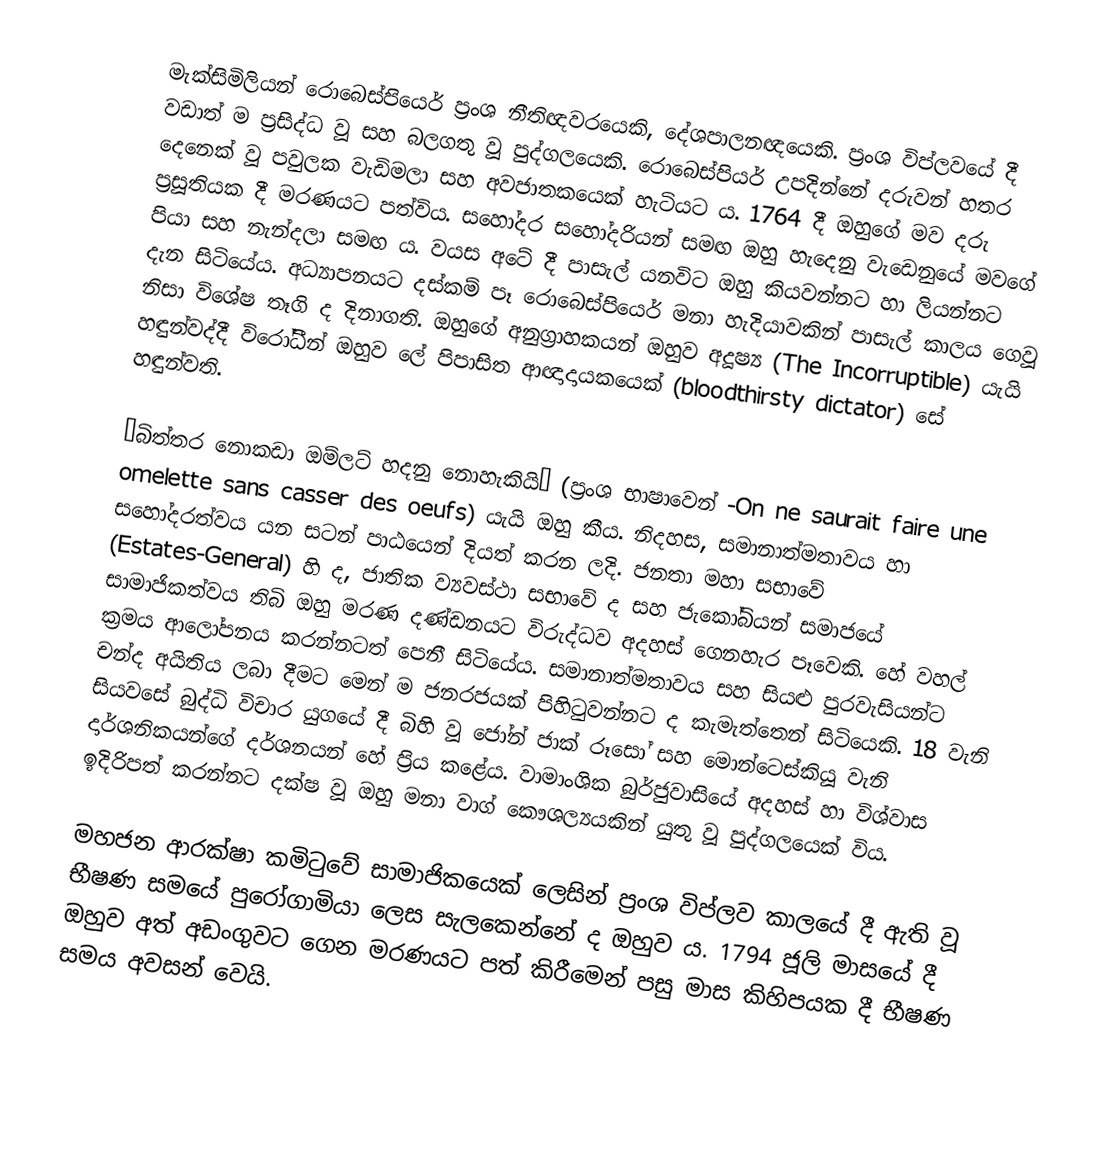
මැක්සිමිලියන් රොබෙස්පියෙර් ප්‍රංශ නීතිඥවරයෙකි, දේශපාලනඥයෙකි. ප්‍රංශ විප්ලවයේ දී වඩාත් ම ප්‍රසිද්ධ වූ සහ බලගතු වූ පුද්ගලයෙකි. රොබෙස්පියර් උපදින්නේ දරුවන් හතර දෙනෙක් වූ පවුලක වැඩිමලා සහ අවජාතකයෙක් හැටියට ය. 1764 දී ඔහුගේ මව දරු ප්‍රසූතියක දී මරණයට පත්විය. සහෝදර සහෝදරියන් සමඟ ඔහු හැදෙනු වැඩෙනුයේ මවගේ පියා සහ නැන්දලා සමඟ ය. වයස අටේ දී පාසැල් යනවිට ඔහු කියවන්නට හා ලියන්නට දැන සිටියේය. අධ්‍යාපනයට දස්කම් පෑ රොබෙස්පියෙර් මනා හැදියාවකින් පාසැල් කාලය ගෙවූ නිසා විශේෂ තෑගි ද දිනාගති. ඔහුගේ අනුග්‍රාහකයන් ඔහුව අදූෂ්‍ය (The Incorruptible) යැයි හඳුන්වද්දී විරෝධීන් ඔහුව ලේ පිපාසිත ආඥාදායකයෙක් (bloodthirsty dictator) සේ හඳුන්වති.

“බිත්තර නොකඩා ඔම්ලට් හදනු නොහැකියි” (ප්‍රංශ භාෂාවෙන් -On ne saurait faire une omelette sans casser des oeufs) යැයි ඔහු කීය. නිදහස, සමානාත්මතාවය හා සහෝදරත්වය යන සටන් පාඨයෙන් දියත් කරන ලදි. ජනතා මහා සභාවේ (Estates-General) හි ද, ජාතික ව්‍යවස්ථා සභාවේ ද සහ ජැකෝබියන් සමාජයේ සාමාජිකත්වය තිබි ඔහු මරණ දණ්ඩනයට විරුද්ධව අදහස් ගෙනහැර පෑවෙකි. හේ වහල් ක්‍රමය ආලෝපනය කරන්නටත් පෙනී සිටියේය. සමානාත්මතාවය සහ සියළු පුරවැසියන්ට චන්ද අයිතිය ලබා දීමට මෙන් ම ජනරජයක් පිහිටුවන්නට ද කැමැත්තෙන් සිටියෙකි. 18 වැනි සියවසේ බුද්ධි විචාර යුගයේ දී බිහි වූ ජෝන් ජාක් රූසෝ සහ මොන්ටෙස්කියූ වැනි දාර්ශනිකයන්ගේ දර්ශනයන් හේ ප්‍රිය කළේය. වාමාංශික බුර්ජුවාසියේ අදහස් හා විශ්වාස ඉදිරිපත් කරන්නට දක්ෂ වූ ඔහු මනා වාග් කෞශල්‍යයකින් යුතු වූ පුද්ගලයෙක් විය.

මහජන ආරක්ෂා කමිටුවේ සාමාජිකයෙක් ලෙසින් ප්‍රංශ විප්ලව කාලයේ දී ඇති වූ භීෂණ සමයේ පුරෝගාමියා ලෙස සැලකෙන්නේ ද ඔහුව ය. 1794 ජූලි මාසයේ දී ඔහුව අත් අඩංගුවට ගෙන මරණයට පත් කිරීමෙන් පසු මාස කිහිපයක දී භීෂණ සමය අවසන් වෙයි.